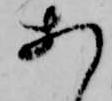
あ